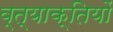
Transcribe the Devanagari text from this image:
व्त्याक्तियों